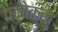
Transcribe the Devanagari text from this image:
पकोक्कु